Annual statistical returns and brief notes on vaccination in Bengal - 1909-1929
Year: 1909
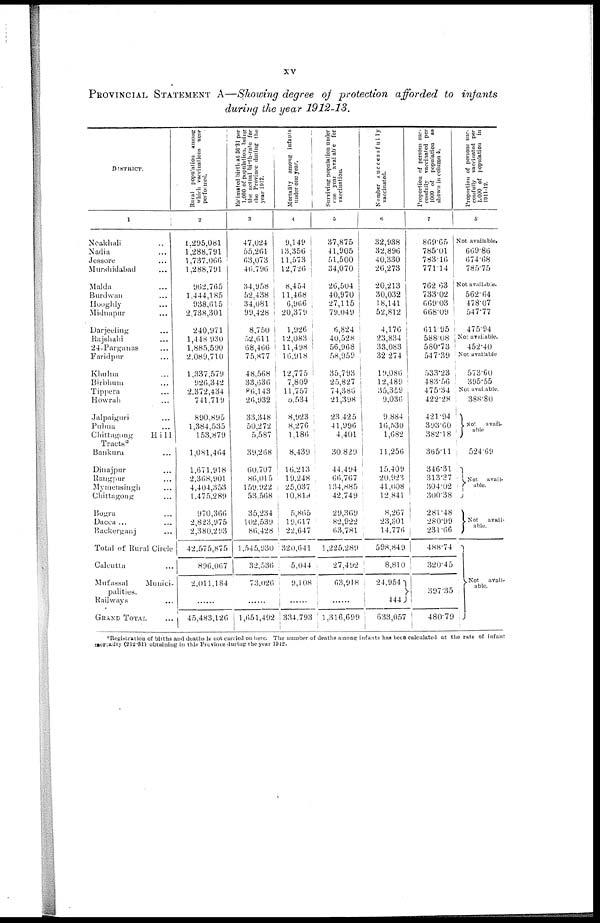
xv
PROVINCIAL STATEMENT A—Showing degree of protection afforded to infants
during the year 1912-13.
DISTRICT.
1
Noakhali ...
Nadia ...
Jessore ...
Murshidabad ...
Malda ...
Burdwan ...
Hooghly ...
Midnapur ...
Darjeeling ...
Rajshahi ...
24-Parganas ...
Faridpur ...
Khulna ...
Birbhum ...
Tippera ...
Howrah ...
Jalpaiguri ...
Pubna ...
Chittagong
Hill
Tracts*
Bankura ...
Dinajpur ...
Rangpur ...
Mymensingh ...
Chittagong ...
Bogra ...
Dacca ... ...
Backerganj ...
Total of Rural Circle
Calcutta ...
Mufassal
Munici-
palities.
Railways ...
GRAND TOTAL ...
Rural population among
which vaccinations were
performed.
2
1,295,081
1,288,791
1,737,066
1,288,791
962,765
1,444,185
938,615
2,738,301
240,971
1,448,930
1,885,590
2,089,710
1,337,579
926,342
2,372,434
741,719
890,895
1,384,535
153,879
1,081,464
1,671,918
2,368,901
4,404,353
1,475,289
970,366
2,823,975
2,380,293
42,575,875
896,067
2,011,184
......
45,483,126
Estimated birth at 36.31 per
1,000 of population, being
the actual birth-rate for
the Province during the
year 1912.
3
47,024
55,261
63,073
46,796
34,958
52,438
34,081
99,428
8,750
52,611
68,466
75,877
48,568
33,636
86,143
20,932
33,348
50,272
5,587
39,268
60,707
86,015
159,922
53,568
35,234
102,539
86,428
1,545,930
32,530
73,026
......
1,051,492
Mortality among infants
under one year.
4
9,149
13,356
11,573
12,726
8,454
11,468
6,966
20,379
1,926
12,083
11,498
16,918
12,775
7,809
11,757
5,534
8,923
8,276
1,186
8,439
16,213
19,248
25,037
10,819
5,865
19,617
22,647
320,641
5,044
9,108
......
334,793
Surviving population under
one year avalabal for
vaccination.
5
37,875
41,905
51,500
34,070
26,504
40,970
27,115
79,049
6,824
40,528
56,968
58,959
35,793
25,827
74,386
21,398
23,425
41,996
4,401
30,829
44,494
66,767
134,885
42,749
29,369
82,922
63,781
1,225,289
27,492
63,918
......
1,316,699
Number successfully
vaccinated.
6
32,938
32,896
40,330
26,273
20,213
30,032
18,141
52,812
4,176
23,834
33,083
32,274
19,086
12,489
35,359
9,036
9,884
16,530
1,682
11,256
15,409
20,923
41,008
12,841
8,267
23,301
14,776
598,849
8,810
24,954
444
633,057
Proportion of persons suc-
cessfully vaccinated per
1000 of population as
shown in column 6.
7
869.65
785.01
783.16
771.14
762.63
733.02
669.03
668.09
611.95
588.08
580.73
547.39
533.23
483.56
475.34
422.28
421.94
393.60
382.18
365.11
346.31
313.37
304.02
300.38
281.48
280.99
231.66
488.74
320.45
397.35
480.79
Proportion of persons suc-
cessfully vaccinated per
1,000 of population in
1911-12.
8
Not available.
669.86
674.68
785.75
Not available.
562.64
478.07
547.77
475.94
Not available.
452.40
Not available
573.60
395.55
Not available.
388.80
Not avail-
able
524.69
Not avail-
able.
Not
avail-
able.
Not
avail-
able.
*Registration of births and deaths is not carried on here. The number of deaths among infants has been calculated at the rate of infant
mortality (212.31) obtaining in this Province during the year 1912.